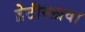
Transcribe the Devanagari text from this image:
ब्रेटीस्लावा